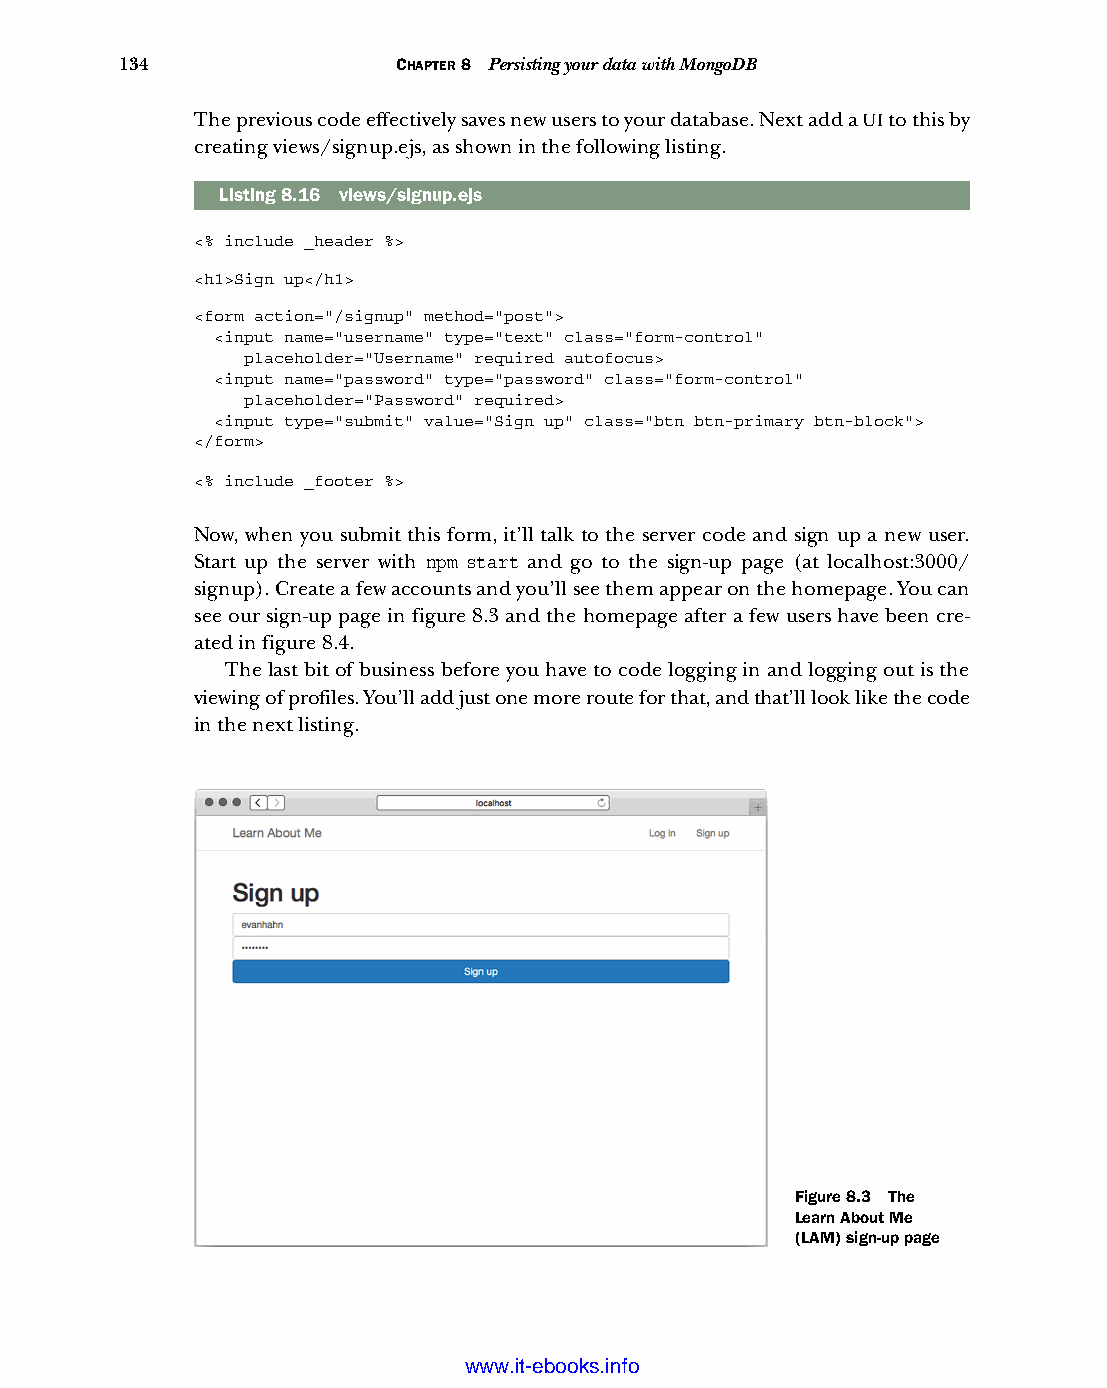
134               CHAPTER 8 Persisting your data with MongoDB
 The previous code effectively saves new users to your database. Next add a UI to this by
 creating views/signup.ejs, as shown in the following listing.
 Listing8.16 views/signup.ejs
 <% include _header %>
 <h1>Sign up</h1>
 <form action="/signup" method="post">
 <input name="username" type="text" class="form-control"
 placeholder="Username" required autofocus>
 <input name="password" type="password" class="form-control"
 placeholder="Password" required>
 <input type="submit" value="Sign up" class="btn btn-primary btn-block">
 </form>
 <% include _footer %>
 Now, when you submit this form, it’ll talk to the server code and sign up a new user.
 Start up the server with npm start and go to the sign-up page (at localhost:3000/
 signup). Create a few accounts and you’ll see them appear on the homepage. You can
 see our sign-up page in figure 8.3 and the homepage after a few users have been cre-
 ated in figure 8.4.
 The last bit of business before you have to code logging in and logging out is the
 viewing of profiles. You’ll add just one more route for that, and that’ll look like the code
 in the next listing.
 Figure 8.3 The
 Learn About Me
 (LAM) sign-up page
 Licensed wtow w <.mit-ielebro.8o8k8s@.ingfomail.com>